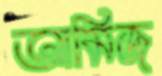
আমিজ